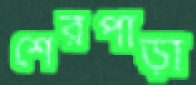
শেরপাড়া